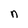
Character: n